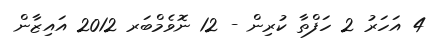
4 އަހަރު 2 ހަފްތާ ކުރިން - 12 ނޮވެމްބަރ 2012 އައިޒާން